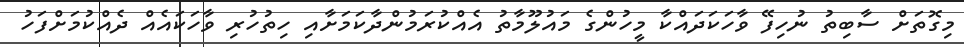
މިގޮތަށް ސާބިތު ނުހިފޭ ވާހަކަދައްކާ މީހުންގެ މައުލޫމާތު އެއްކުރަމުންދާކަމަށާއި ހިތުހުރި ވާހަކައެއް ދެއްކުމަށްފަހު